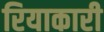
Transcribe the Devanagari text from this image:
रियाकारी